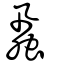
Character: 蝨